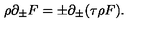
\rho \partial _ { \pm } F = \pm \partial _ { \pm } ( \tau \rho F ) .